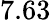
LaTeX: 7.63